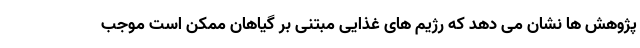
پژوهش ها نشان می دهد که رژیم های غذایی مبتنی بر گیاهان ممکن است موجب